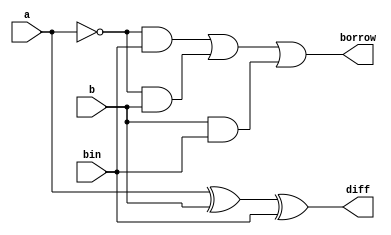
module fullsub(a,b,bin,diff,borrow);

   input a,b,bin;
   output wire diff,borrow;


assign diff=a^b^bin;
assign borrow=(~a&bin)|(~a&b)|(b&bin);
endmodule